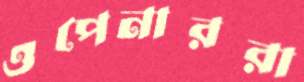
ওপেনাররা